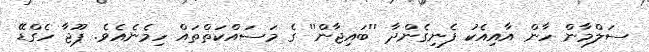
ސަލްމާން ހާން އާއިއެކު ފެނިގެންދާ ''ބައިޖާން'' ގެ މަސައްކަތްތައް ހިމެނެއެވެ. ޕޫޖާ ހެގްޑޭ